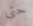
حتى